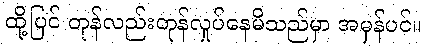
ထို့ပြင် တုန်လည်းတုန်လှုပ်နေမိသည်မှာ အမှန်ပင်။